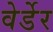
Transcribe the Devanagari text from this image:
वेर्डेर